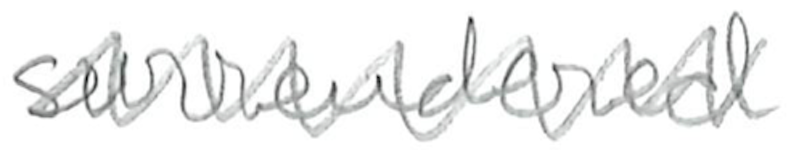
Text: surrendered
Cross-out: zig-zag
Writing tool: pencil